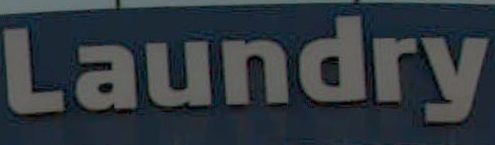
Laundry